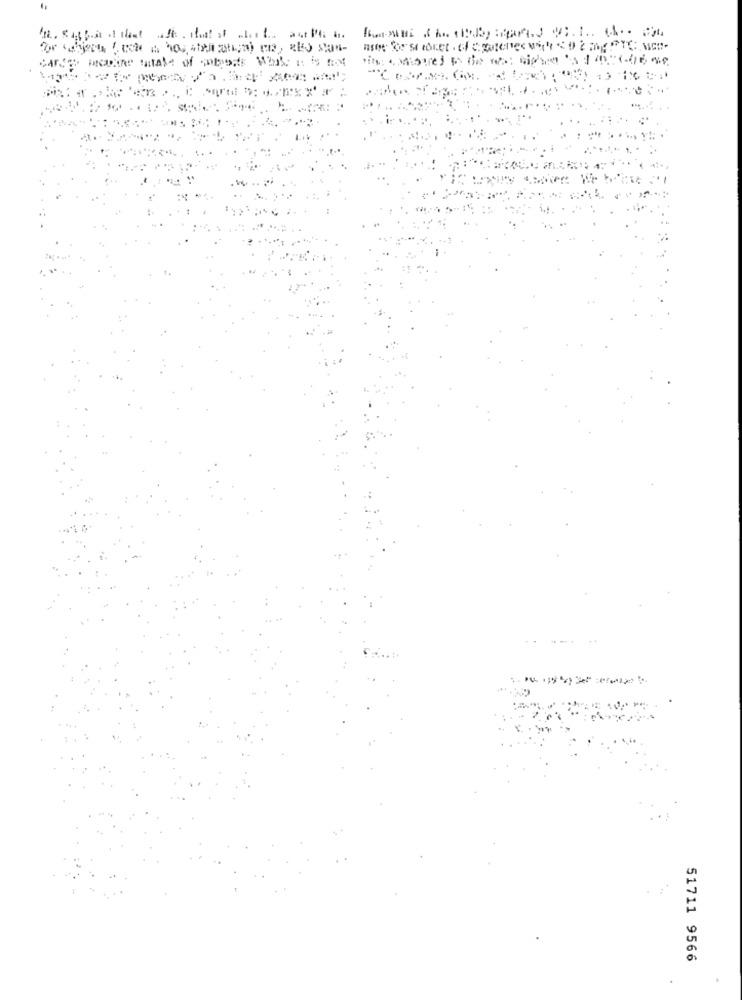
Pecorine Intale of moments What It is not
..
51711 9566